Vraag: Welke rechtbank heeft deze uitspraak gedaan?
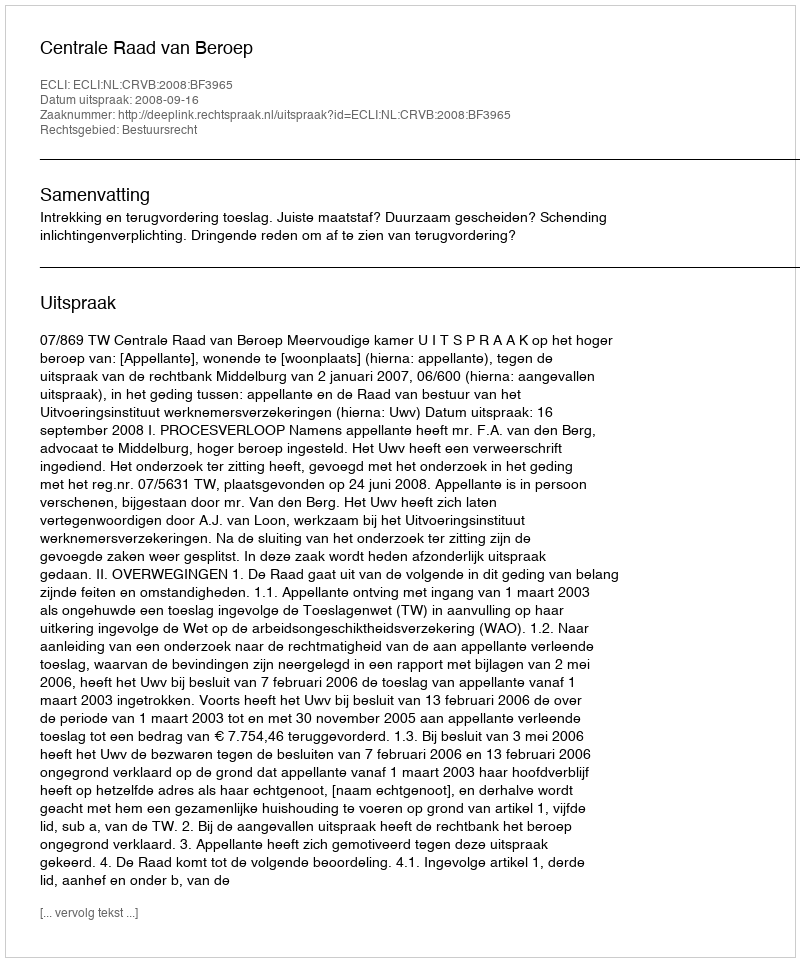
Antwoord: Centrale Raad van Beroep